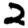
Digit: 2